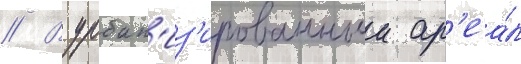
// В урбан'из'ированныи ар'еа́л